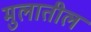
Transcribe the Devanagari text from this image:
मुलातील